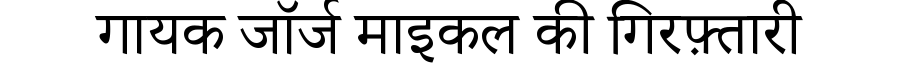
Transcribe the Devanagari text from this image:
गायक जॉर्ज माइकल की गिरफ़्तारी